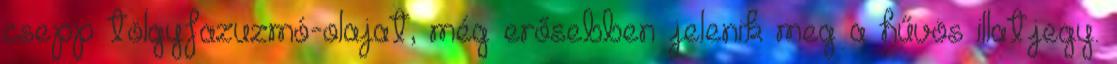
csepp tölgyfazuzmó-olajat, még erősebben jelenik meg a hűvös illatjegy.